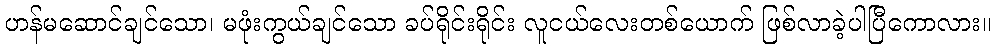
ဟန်မဆောင်ချင်သော၊ မဖုံးကွယ်ချင်သော ခပ်ရိုင်းရိုင်း လူငယ်လေးတစ်ယောက် ဖြစ်လာခဲ့ပါပြီကောလား။